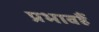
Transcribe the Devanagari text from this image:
प्रभावहैं